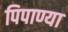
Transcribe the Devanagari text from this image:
पिपाण्या